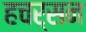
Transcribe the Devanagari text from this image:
हचर्सन